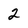
Character: 2